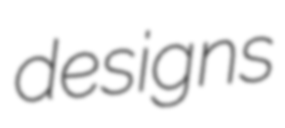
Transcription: designs